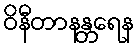
ဝိနီတာနန္တရေန